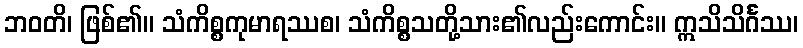
ဘဝတိ၊ ဖြစ်၏။ သံကိစ္စကုမာရဿစ၊ သံကိစ္စသတို့သား၏လည်းကောင်း။ ဣသိသိင်္ဂဿ၊